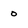
Character: 0